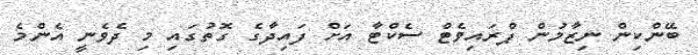
ބޭންކިން ނިޒާމުން ޕްރައިވެޓް ސެކްޓާ އަށް ފައިދާގެ ގޮތުގައި މި ދެވެނީ އެންމެ